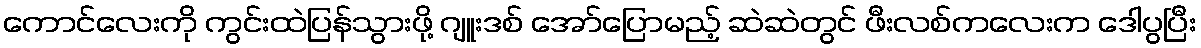
ကောင်လေးကို ကွင်းထဲပြန်သွားဖို့ ဂျူးဒစ် အော်ပြောမည့် ဆဲဆဲတွင် ဖီးလစ်ကလေးက ဒေါပွပြီး